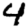
Digit: 4